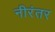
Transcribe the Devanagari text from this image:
नीरंतर